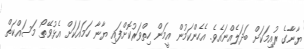
ޔާނާގެ ރުއިމަކަށް ބަދަލެއްނައެވެ. އެހެންކަމުން އީމަން ހިތްވަރުކޮށްފައި ޔާނާ ހަމައަކަށް އެޅުވޭތޯ މަސައްކަތް